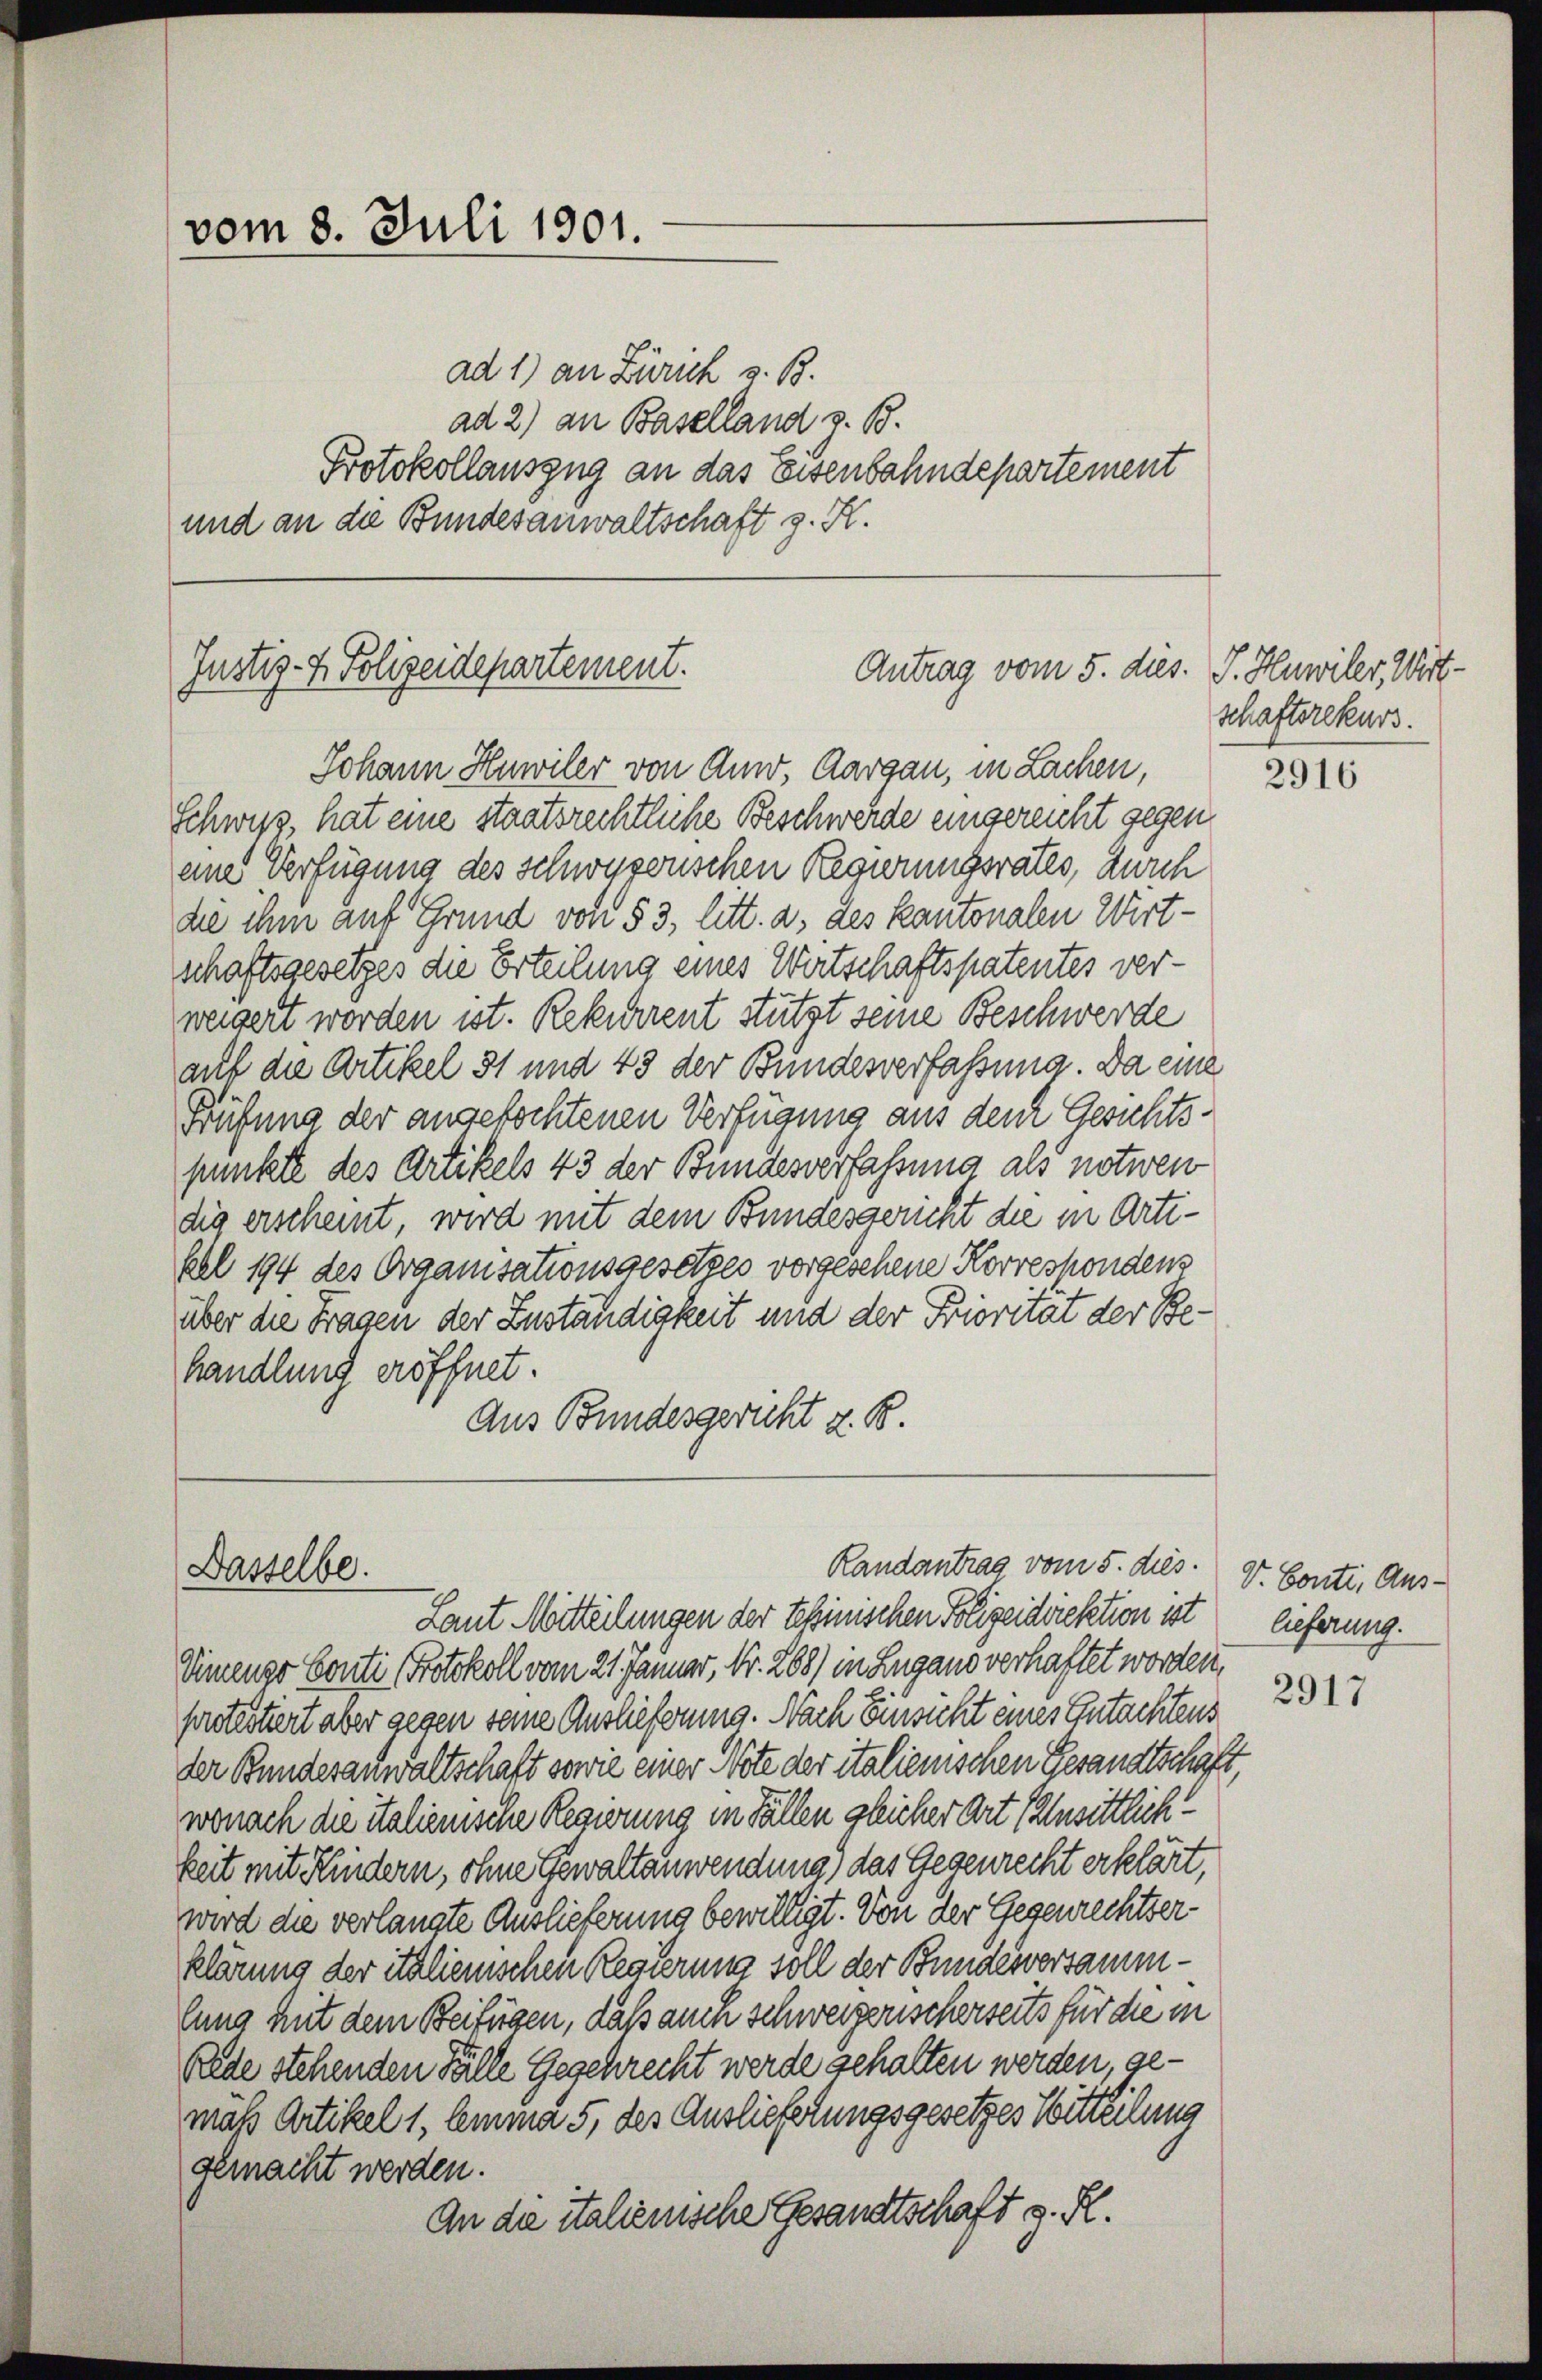
vom 8. Juli 1901.

Justiz- & Polizeidepartement.
Antrag vom 5. dies. S. Huwiler, Wirt.

Dasselbe.

ad 1) an Zürich z. B.
ad 2) an Baselland z. B.
Protokollauszug an das Eisenbahndepartement
und an die Bundesanwaltschaft z. K.

Johann Hnwiler von Auw, Aargau, in Lachen,
Schwyz, hat eine staatsrechtliche Beschwerde eingereicht gegen
eine Verfügung des Schwyzerischen Regierungsrates, durch
die ihm auf Grund von § 3, litt. a, des kantonalen Wirt-
schaftsgesetzes die Erteilung eines Wertschaftspatentes verweigert worden ist. Rekurrent stützt seine Beschwerde
auf die Artikel 31 und 43 der Bundesverfassung. Da eine
Prüfung der angefochtenen Verfügung aus dem Gesichts-
punkte des Artikels 43 der Bundesverfassung als notwen
dig erscheint, wird mit dem Bundesgericht die in Artifehl 194 des Organisationsgesetzes vorgesehene Korrespondens
über die Fragen der Zuständigkeit und der Friorität der Behandlung eröffnet.
Aus Bundesgericht z. B.

Laut Mitteilungen der Tessinischen Polizeidirektion ist
Vinenzo Conti (Protokoll vom 21. Jänner, Nr. 268) in Lugano verhaftet worden,
protestiert aber gegen seine Auslieferung. Nach Einsicht eines Gutachtens
der Bundesanwaltschaft sowie einer Note der italienischen Gesandtschaft,
wonach die italienische Regierung in Fällen gleicher Art (ansittlich
keit mit Kindern, ohne Gewaltanwendung, das Gegenrecht erklärt,
wird die verlangte Auslieferung bewilligt. Von der Gegenrechtserklärung der italienischen Regierung soll der Bundesversammlung mit dem Beifügen, daß auch schweizerischerseits für die in
Rede stehenden Fälle Gegehrecht werde gehalten werden gemäß Artikel 1, lemma 5, des Auslieferungsgesetzes Witteilung
gemacht werden.
An die italienische Gesandtschaft z. R.

Randantrag vom 5. dies.

schaftsrekurs.

2916

V. Conti, Auslieferung.
2917